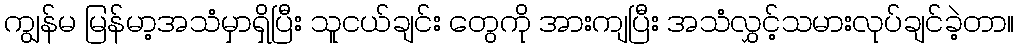
ကျွန်မ မြန်မာ့အသံမှာရှိပြီး သူငယ်ချင်း တွေကို အားကျပြီး အသံလွှင့်သမားလုပ်ချင်ခဲ့တာ။